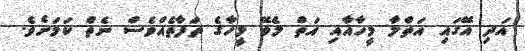
އަދި އޭގައި އަތްލާ މީހާއާއި އަތް ލެވޭ މީހާގެ ތަފާތެއްވެސް ނެތް ކަމަށެވެ.